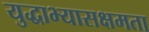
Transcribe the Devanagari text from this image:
युद्धाभ्यासक्षमता